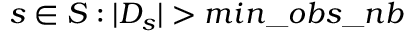
s \in S : | D _ { s } | > m i n \_ o b s \_ n b